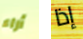
أراء إذا